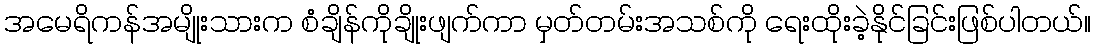
အမေရိကန်အမျိုးသားက စံချိန်ကိုချိုးဖျက်ကာ မှတ်တမ်းအသစ်ကို ရေးထိုးခဲ့နိုင်ခြင်းဖြစ်ပါတယ်။